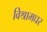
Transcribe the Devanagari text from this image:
विश्रामघर